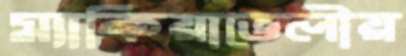
ম্যাকিয়াভেলীয়